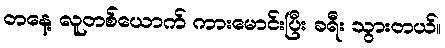
တနေ့ လူတစ်ယောက် ကားမောင်းပြီး ခရီး သွားတယ်။